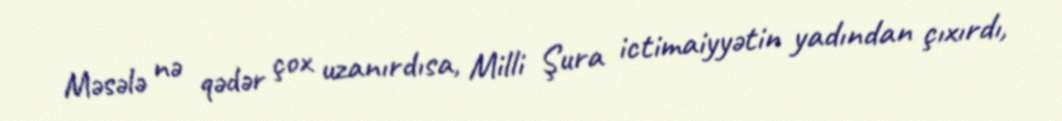
Məsələ nə qədər çox uzanırdısa, Milli Şura ictimaiyyətin yadından çıxırdı,